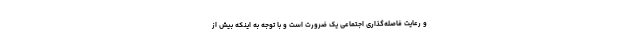
و رعایت فاصله‌گذاری اجتماعی یک ضرورت است و با توجه به اینکه بیش از